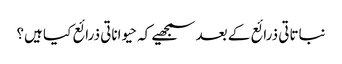
نباتاتی ذرائع کے بعد سمجھیے کہ حیواناتی ذرائع کیا ہیں؟